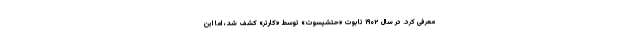
معرفی کرد. در سال ۱۹۰۲ تابوت «حتشپسوت» توسط «کارتر» کشف شد، اما این